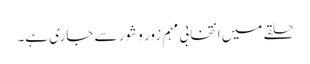
حلقے میں انتخابی مہم زور و شور سے جاری ہے۔